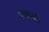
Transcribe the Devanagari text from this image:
परकंमा।